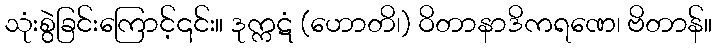
သုံးစွဲခြင်းကြောင့်၎င်း။ ဒုက္ကဋံ (ဟောတိ၊) ဝိတာနာဒိကရဏေ၊ ဗိတာန်။